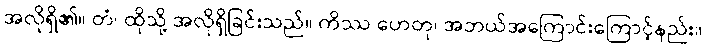
အလိုရှိ၏။ တံ၊ ထိုသို့ အလိုရှိခြင်းသည်။ ကိဿ ဟေတု၊ အဘယ်အကြောင်းကြောင့်နည်း။